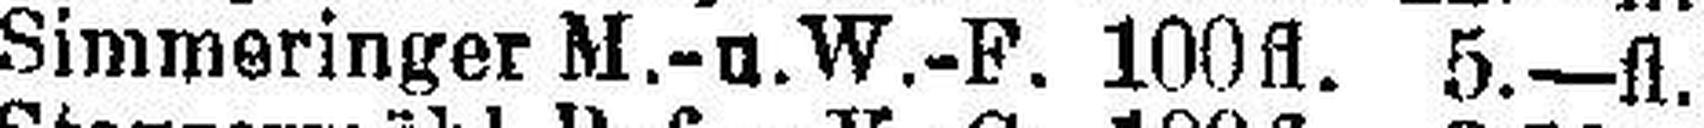
Simmeringer M.-u.W.-F. 100 fl. 5.—fl.